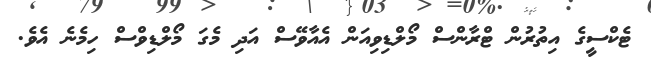
ޓެކްސީގެ އިތުރުން ޓްރާންސް މޯލްޑިވިއަން އެއާވޭސް އަދި މެގަ މޯލްޑިވްސް ހިމެނެ އެވެ.